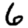
Digit: 6